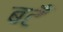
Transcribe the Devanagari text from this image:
बटँ